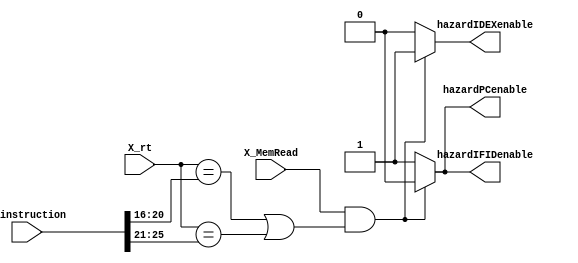
module hazard_detection_unit(D_instruction, X_rt, X_MemRead, hazardPCenable, hazardIFIDenable, hazardIDEXenable);
  input [31:0] D_instruction;
  input [4:0] X_rt;
  input X_MemRead;
  output reg hazardPCenable, hazardIFIDenable, hazardIDEXenable;

wire [4:0] next_op, next_rs, next_rt;
assign next_op = D_instruction[31:26];
assign next_rs = D_instruction[25:21];
assign next_rt = D_instruction[20:16];

always@(D_instruction or X_rt or X_MemRead)
begin
  // if next operation is halt or
  // if memread and either next rs or next rt conflict with X_rt...
  if (next_op == 6'h3f ||
     (X_MemRead && 
    ((X_rt == next_rt) || (X_rt == next_rs))))
    begin
      // denotes a hazard
      hazardIDEXenable <= 1;
      hazardPCenable <= 0;
      hazardIFIDenable <= 0;      
    end
  else
    begin
      // denotes no hazard
      hazardIDEXenable <= 0;
      hazardPCenable <= 1;
      hazardIFIDenable <= 1;  
    end
end
endmodule